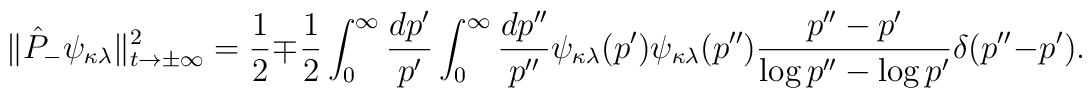
\|\hat{P}_-\psi_{\kappa\lambda}\|^2_{t\rightarrow\pm\infty} =  \frac{1}{2} \mp \frac{1}{2} \int_0^\infty\frac{dp'}{p'}  \int_0^\infty\frac{dp''}{p''} \psi_{\kappa\lambda}(p')  \psi_{\kappa\lambda}(p'') \frac{p''-p'}{\log p'' - \log p'}  \delta(p''-p').